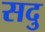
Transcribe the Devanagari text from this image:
सदु